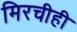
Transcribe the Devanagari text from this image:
मिरचीही